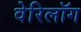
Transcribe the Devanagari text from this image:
वेरिलॉग